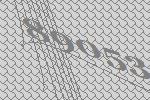
89053